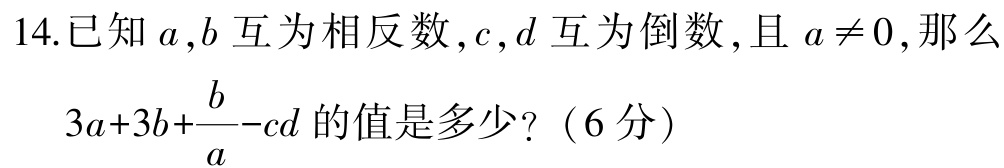
14.已知\(a,b\)互为相反数，\(c,d\)互为倒数，且\(a \neq 0\)，那么

   \(3a + 3b+\dfrac{b}{a}-cd\)的值是多少？（6分）